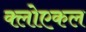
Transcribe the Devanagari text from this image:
क्लोएकल